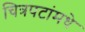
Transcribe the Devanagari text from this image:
चित्रपटांमधे